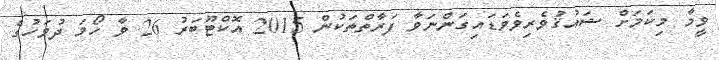
ވީމާ މިކަމަށް ޝައުޤުވެރިވެވަޑައިގަންނަވާ ފަރާތްތަކުން 2015 އޮކްޓޫބަރު 26 ވާ ހޯމަ ދުވަހުގެ